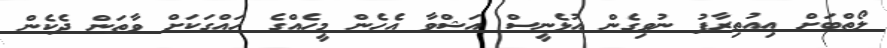
ލޯތްބަށް އިއުތިރާފު ނުވިގެން އުޅެނީސް އަޝްވާ އެހެން މީހެއްގެ ހައްގަކަށް ވާތަން ދެކެން